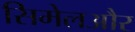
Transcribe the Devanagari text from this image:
सिमेलऔर